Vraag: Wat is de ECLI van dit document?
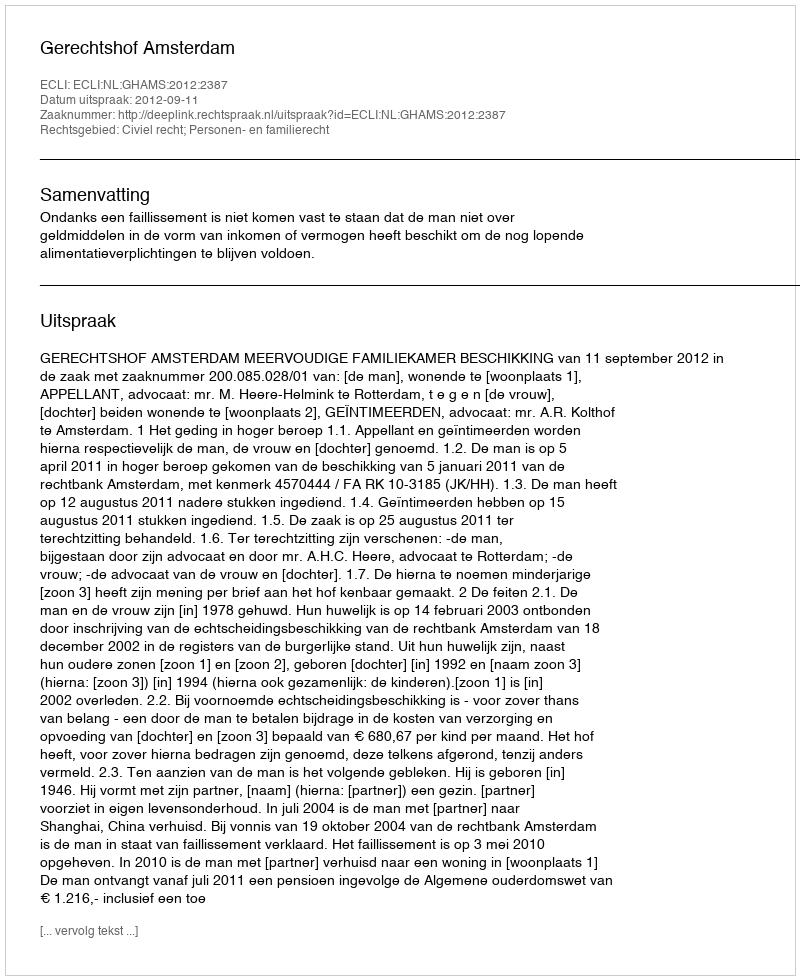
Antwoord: ECLI:NL:GHAMS:2012:2387